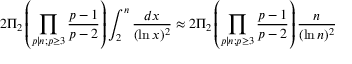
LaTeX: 2 \Pi _ { 2 } \left( \prod _ { p \mid n ; p \geq 3 } { \frac { p - 1 } { p - 2 } } \right) \int _ { 2 } ^ { n } { \frac { d x } { ( \ln x ) ^ { 2 } } } \approx 2 \Pi _ { 2 } \left( \prod _ { p \mid n ; p \geq 3 } { \frac { p - 1 } { p - 2 } } \right) { \frac { n } { ( \ln n ) ^ { 2 } } }